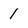
Character: 1